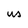
Character: w